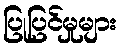
ပြုပြင်မှုများ